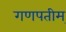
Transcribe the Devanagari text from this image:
गणपतीम्